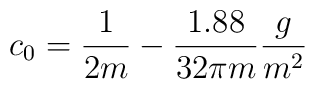
c_0=\frac{1}{2m}-\frac{1.88}{32\pi m}\frac{g}{m^2}